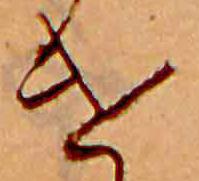
け